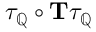
\tau _ { \mathbb { Q } } \circ \mathbf { T } \tau _ { \mathbb { Q } }